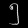
Digit: ၅